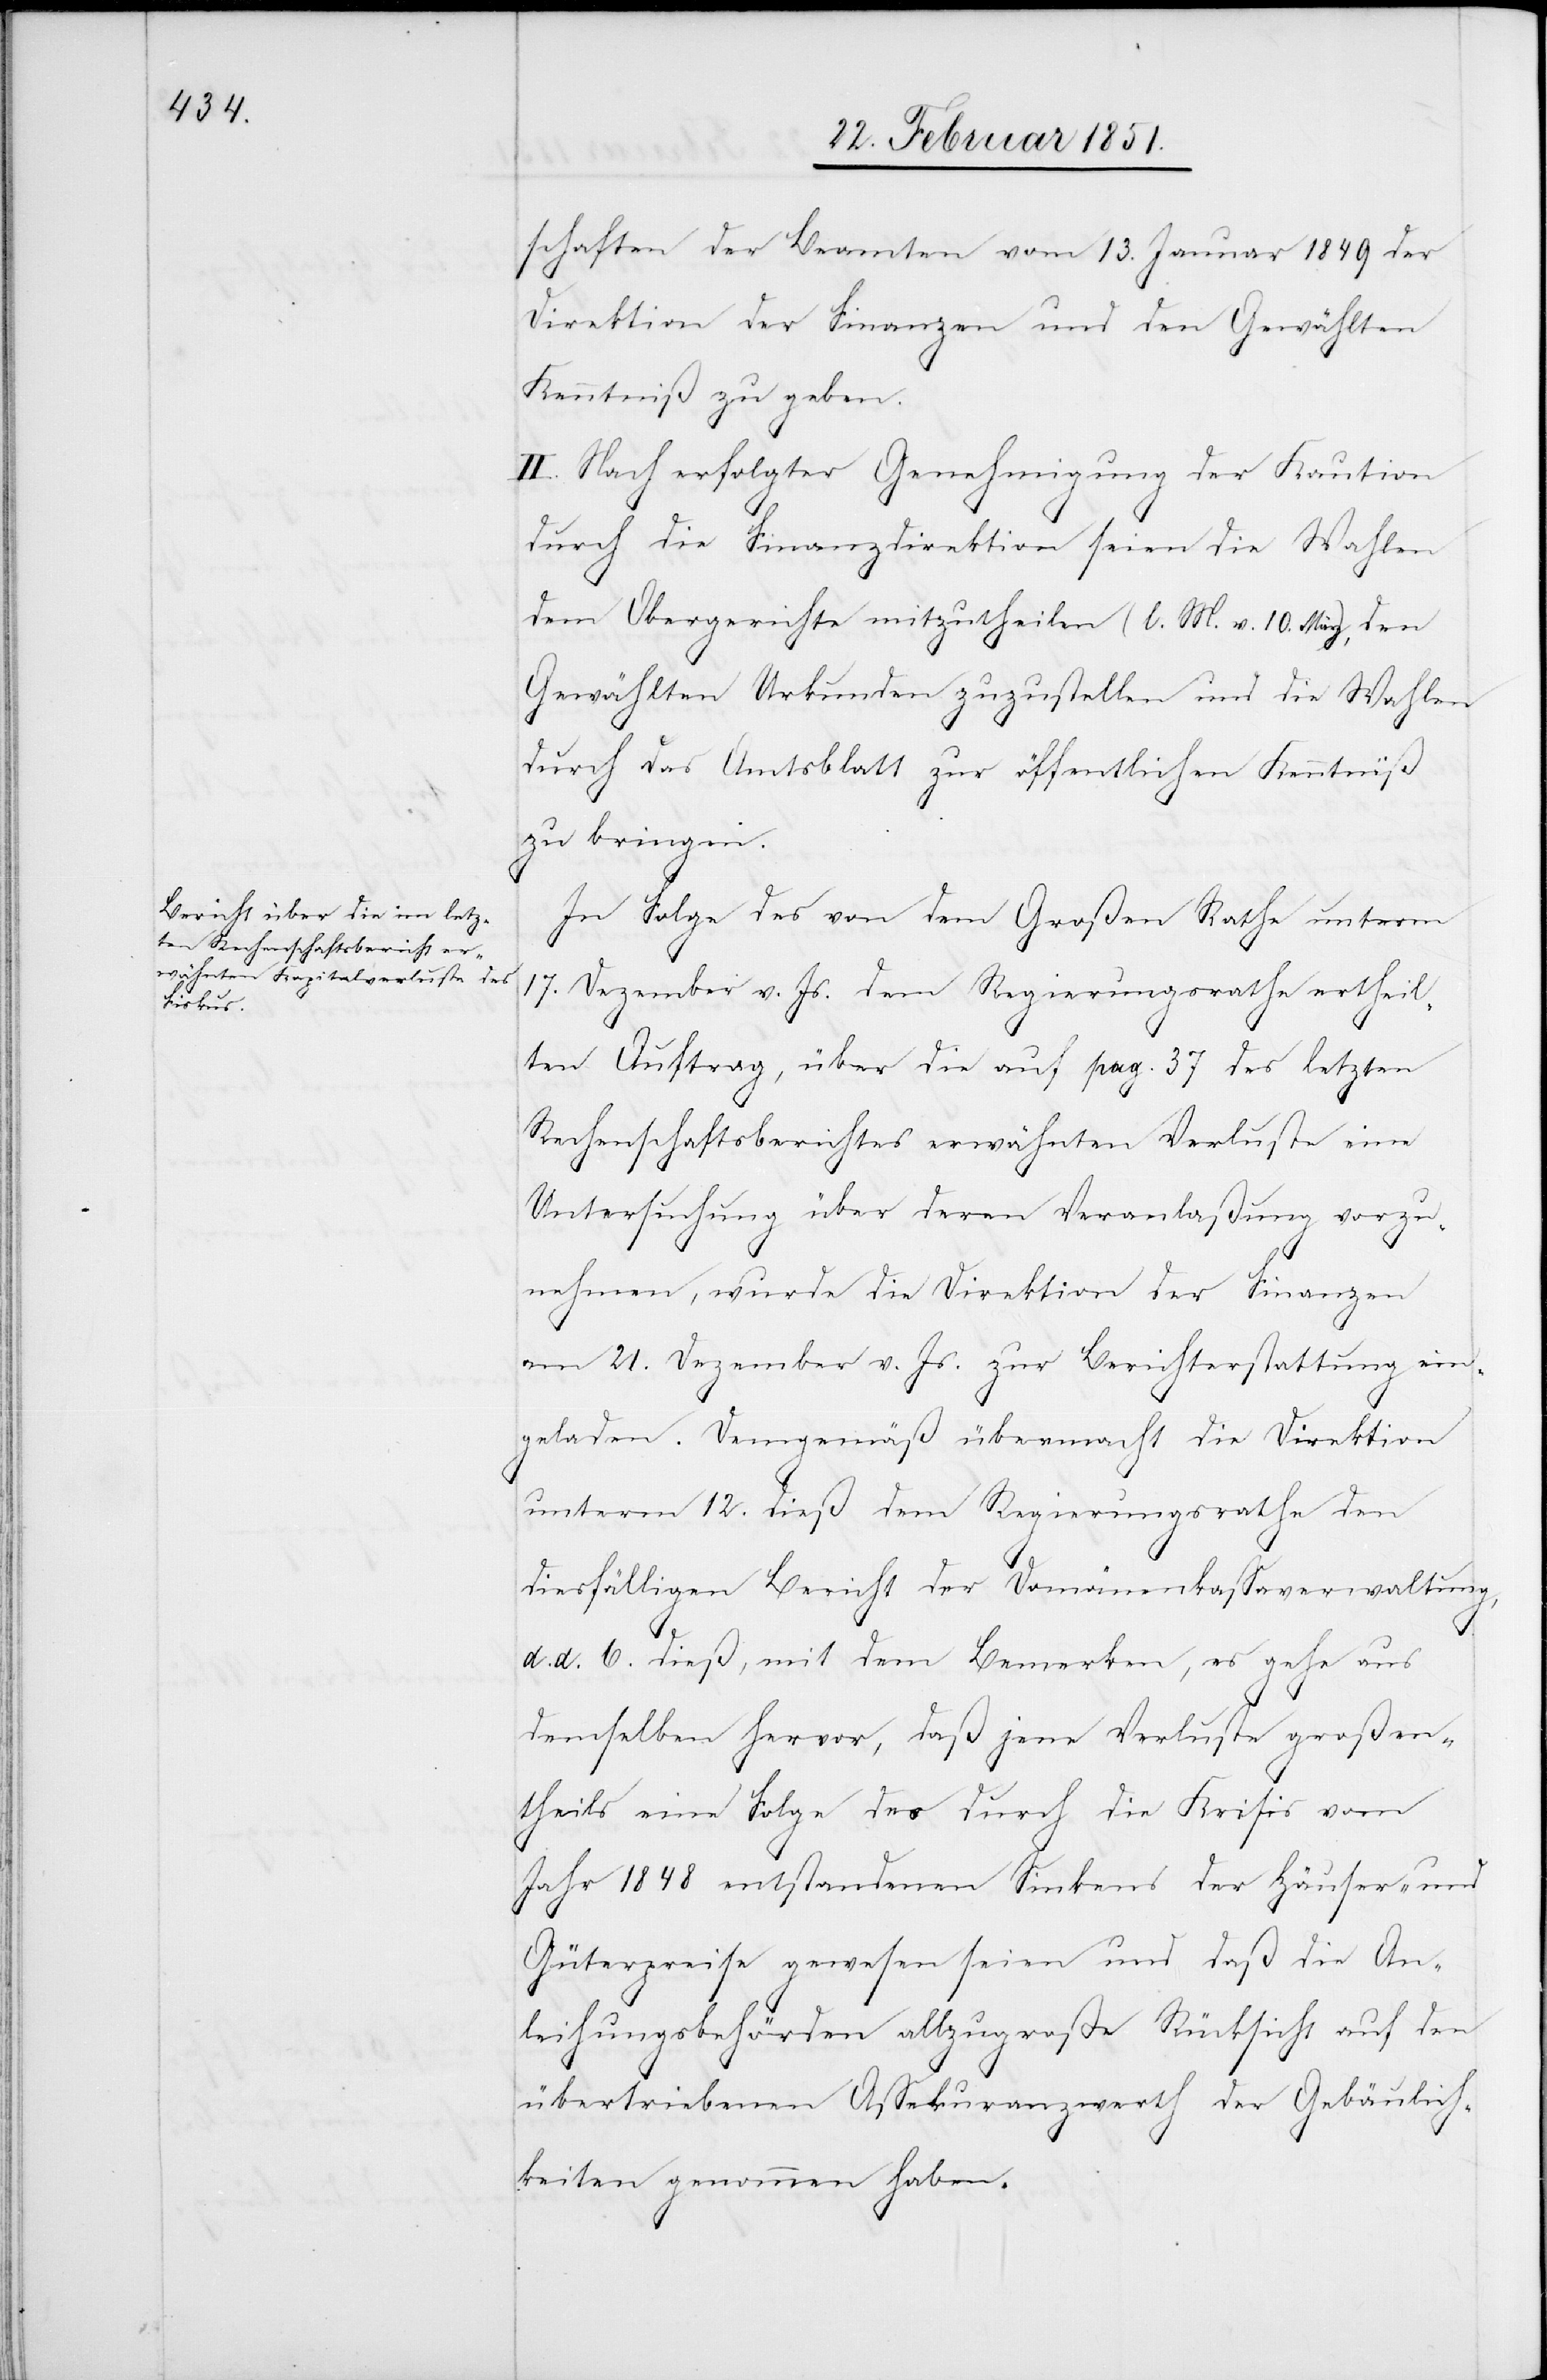
schaften der Beamten vom 13. Januar 1849 der
Direktion der Finanzen und den Gewählten
Kenntniß zu geben.
II. Nach erfolgter Genehmigung der Kaution
durch die Finanzdirektion seien die Wahlen
dem Obergerichte mitzutheilen (l. M. v. 10. März), den
Gewählten Urkunden zuzustellen und die Wahlen
durch das Amtsblatt zur öffentlichen Kenntniß
zu bringen.
In Folge des von dem Großen Rathe unterm
17. Dezember v. Js. dem Regierungsrathe ertheil¬
ten Auftrag, über die auf pag. 37 des letzten
Rechenschaftsberichtes erwähnten Verluste eine
Untersuchung über deren Veranlaßung vorzu¬
nehmen, wurde die Direktion der Finanzen
am 21. Dezember v. Js. zur Berichterstattung ein¬
geladen. Demgemäß übermacht die Direktion
unterm 12. dieß dem Regierungsrathe den
diesfälligen Bericht der Domänenkassaverwaltung,
d. d. 6. dieß, mit dem Bemerken, es gehe aus
demselben hervor, daß jene Verluste großen¬
theils eine Folge des durch die Krisis vom
Jahr 1848 entstandenen Sinkens der Häuser- und
Güterpreise gewesen seien und daß die An¬
leihungsbehörden allzugroße Rücksicht auf den
übertriebenen Assekuranzwerth der Gebäulich¬
keiten genommen haben.